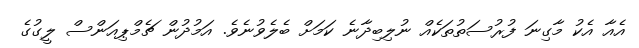
އެއާ އެކު މާގިނަ ފުރުސަތުތަކެއް ނުލިބިދާނެ ކަމަށް ބެލެވުނެވެ. އަމުދުން ޗެމްޕިއަންސް ލީގުގެ